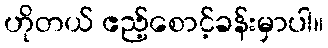
ဟိုတယ် ဧည့်စောင့်ခန်းမှာပါ။